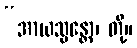
“အာယသ္မန္တော၊ တို့။